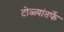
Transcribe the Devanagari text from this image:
टोळ्यांतर्फे